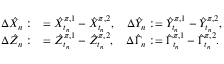
\begin{array} { r } { \begin{array} { r l } { \Delta \hat { X } _ { n } : } & { = \hat { X } _ { t _ { n } } ^ { \pi , 1 } - \hat { X } _ { t _ { n } } ^ { \pi , 2 } , \quad \Delta \hat { Y } _ { n } : = \hat { Y } _ { t _ { n } } ^ { \pi , 1 } - \hat { Y } _ { t _ { n } } ^ { \pi , 2 } , } \\ { \Delta \hat { Z } _ { n } : } & { = \hat { Z } _ { t _ { n } } ^ { \pi , 1 } - \hat { Z } _ { t _ { n } } ^ { \pi , 2 } , \quad \Delta \hat { \Gamma } _ { n } : = \hat { \Gamma } _ { t _ { n } } ^ { \pi , 1 } - \hat { \Gamma } _ { t _ { n } } ^ { \pi , 2 } . } \end{array} } \end{array}